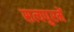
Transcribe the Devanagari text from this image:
सत्यपुरमें